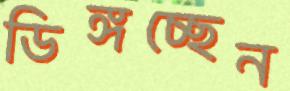
ডিঙ্গচ্ছেন